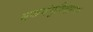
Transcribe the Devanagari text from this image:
बकचंचुविदारणः।